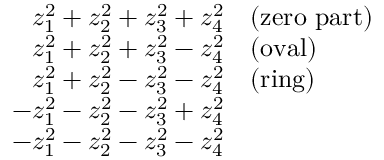
{ \begin{array} { r l } { z _ { 1 } ^ { 2 } + z _ { 2 } ^ { 2 } + z _ { 3 } ^ { 2 } + z _ { 4 } ^ { 2 } } & { { \mathrm { ( z e r o ~ p a r t ) } } } \\ { z _ { 1 } ^ { 2 } + z _ { 2 } ^ { 2 } + z _ { 3 } ^ { 2 } - z _ { 4 } ^ { 2 } } & { { \mathrm { ( o v a l ) } } } \\ { z _ { 1 } ^ { 2 } + z _ { 2 } ^ { 2 } - z _ { 3 } ^ { 2 } - z _ { 4 } ^ { 2 } } & { { \mathrm { ( r i n g ) } } } \\ { - z _ { 1 } ^ { 2 } - z _ { 2 } ^ { 2 } - z _ { 3 } ^ { 2 } + z _ { 4 } ^ { 2 } } \\ { - z _ { 1 } ^ { 2 } - z _ { 2 } ^ { 2 } - z _ { 3 } ^ { 2 } - z _ { 4 } ^ { 2 } } \end{array} }